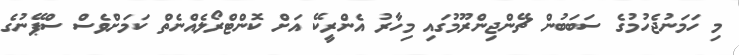
މި ހަމަނުޖެހުމުގެ ސަބަބުން ޗޭންޖިންރޫމުގައި މިހާރު އެންރީކޭ އަށް ކޮންޓްރޯލެއްނެތް ކަމަށްވެސް ސްޕޭނުގެ